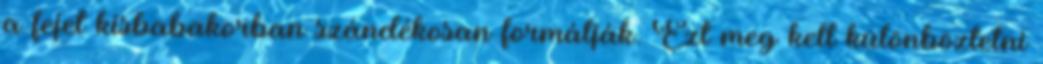
a fejet kisbabakorban szándékosan formálják. Ezt meg kell különböztetni